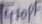
Text: 410µF